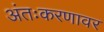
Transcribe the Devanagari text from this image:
अंतःकरणावर